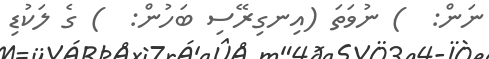
ނަން:  ) ނުވަތަ (އިނގިރޭސި ބަހުން:  ) ގެ ލަކުޑި